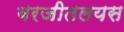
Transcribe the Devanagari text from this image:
बरजीतलयस